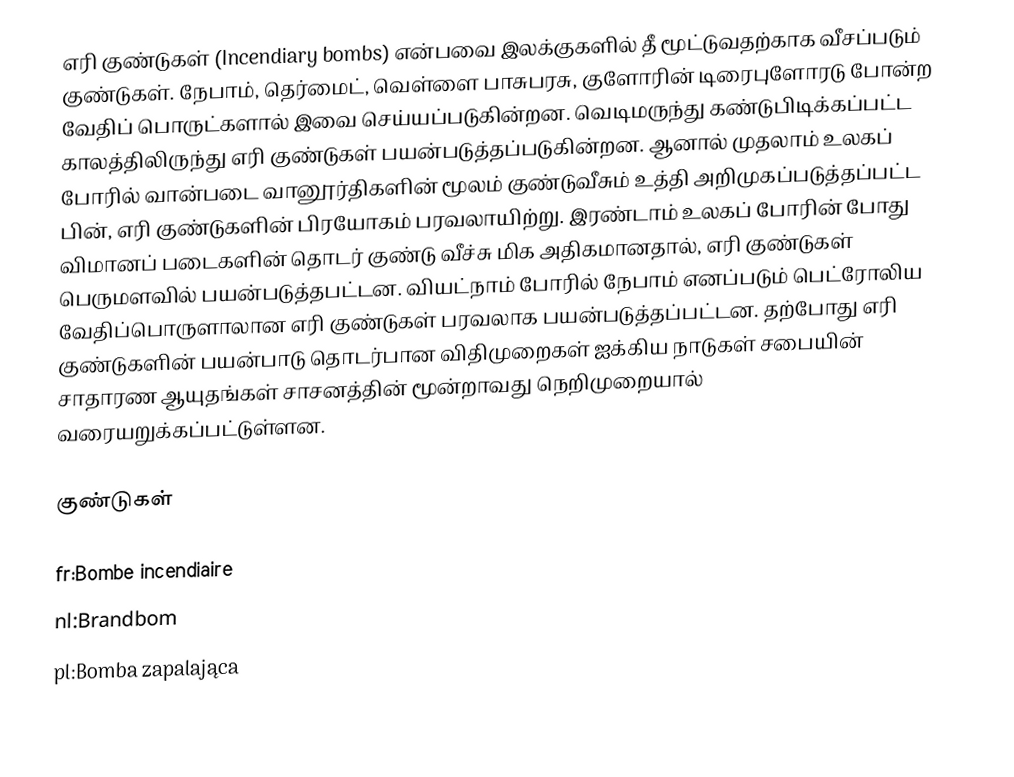
எரி குண்டுகள் (Incendiary bombs) என்பவை இலக்குகளில் தீ மூட்டுவதற்காக வீசப்படும் குண்டுகள். நேபாம், தெர்மைட், வெள்ளை பாசுபரசு, குளோரின் டிரைபுளோரடு போன்ற வேதிப் பொருட்களால் இவை செய்யப்படுகின்றன. வெடிமருந்து கண்டுபிடிக்கப்பட்ட காலத்திலிருந்து எரி குண்டுகள் பயன்படுத்தப்படுகின்றன. ஆனால் முதலாம் உலகப் போரில் வான்படை வானூர்திகளின் மூலம் குண்டுவீசும் உத்தி அறிமுகப்படுத்தப்பட்ட பின், எரி குண்டுகளின் பிரயோகம் பரவலாயிற்று. இரண்டாம் உலகப் போரின் போது விமானப் படைகளின் தொடர் குண்டு வீச்சு மிக அதிகமானதால், எரி குண்டுகள் பெருமளவில் பயன்படுத்தபட்டன. வியட்நாம் போரில் நேபாம் எனப்படும் பெட்ரோலிய வேதிப்பொருளாலான எரி குண்டுகள் பரவலாக பயன்படுத்தப்பட்டன. தற்போது எரி குண்டுகளின் பயன்பாடு தொடர்பான விதிமுறைகள் ஐக்கிய நாடுகள் சபையின் சாதாரண ஆயுதங்கள் சாசனத்தின் மூன்றாவது நெறிமுறையால் வரையறுக்கப்பட்டுள்ளன.

குண்டுகள்

fr:Bombe incendiaire
nl:Brandbom
pl:Bomba zapalająca